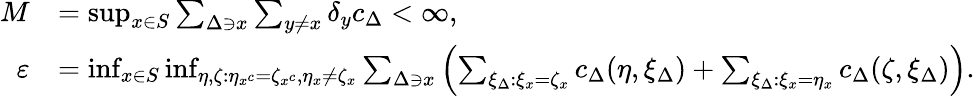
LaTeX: \begin{array}{rl}{M}&{=\operatorname*{sup}_{x\in S}\sum_{\Delta\ni x}\sum_{y\neq x}\delta_{y}c_{\Delta}<\infty,}\\ {\ \varepsilon}&{=\operatorname*{inf}_{x\in S}\operatorname*{inf}_{\eta,\zeta\colon\eta_{x^{c}}=\zeta_{x^{c}},\eta_{x}\neq\zeta_{x}}\sum_{\Delta\ni x}\left(\sum_{\xi_{\Delta}:\xi_{x}=\zeta_{x}}c_{\Delta}(\eta,\xi_{\Delta})+\sum_{\xi_{\Delta}:\xi_{x}=\eta_{x}}c_{\Delta}(\zeta,\xi_{\Delta})\right).}\end{array}